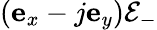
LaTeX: \left(\mathbf{e}_{x}-j\mathbf{e}_{y}\right)\mathcal{E}_{-}